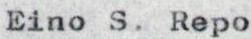
Eino S. Repo